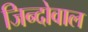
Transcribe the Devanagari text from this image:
जिन्दोवाल